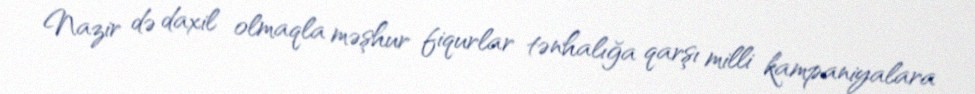
Nazir də daxil olmaqla məşhur fiqurlar tənhalığa qarşı milli kampaniyalara